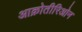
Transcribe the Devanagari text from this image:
आक्रोतीरिओन